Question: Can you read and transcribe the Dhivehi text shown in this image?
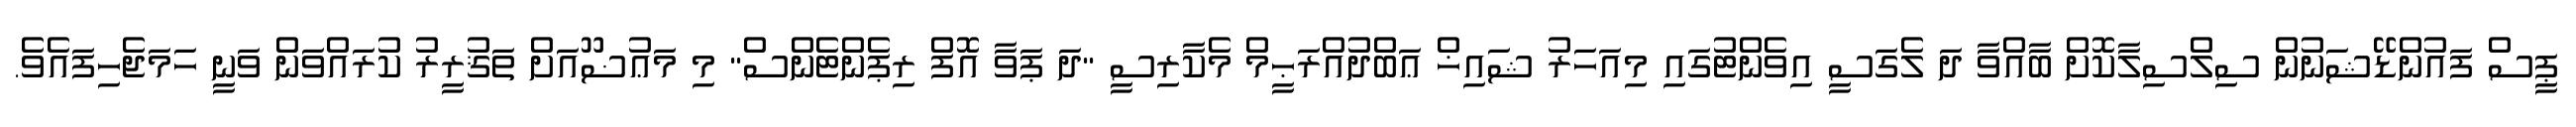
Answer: ޕީސް ފައުންޑޭޝަނުން ސިލްސިލާކޮށް ބާއްވާ ދަ ލެގަސީ އިވެންޓުގައި މިއަހަރު ޝައިޚް ޢަބްދުއްރަޙީމް މެކާރިސީ "ދަ ޕަވާ އޮފް ރިޕެންޓެންސް" މި މަޢުޟޫއަށް ތަޤުރީރު ކުރައްވަން ވަނީ ހަމަޖެހިފައެވެ.